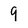
Character: 9